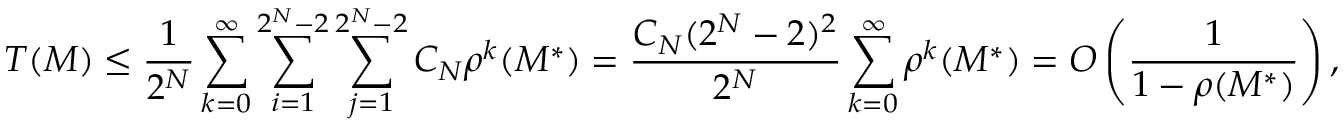
T ( M ) \leq \frac { 1 } { 2 ^ { N } } \sum _ { k = 0 } ^ { \infty } \sum _ { i = 1 } ^ { 2 ^ { N } - 2 } \sum _ { j = 1 } ^ { 2 ^ { N } - 2 } C _ { N } \rho ^ { k } ( M ^ { \ast } ) = \frac { C _ { N } ( 2 ^ { N } - 2 ) ^ { 2 } } { 2 ^ { N } } \sum _ { k = 0 } ^ { \infty } \rho ^ { k } ( M ^ { \ast } ) = O \left( \frac { 1 } { 1 - \rho ( M ^ { \ast } ) } \right) ,